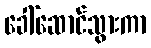
ခေါ်ဆောင်သွားကာ